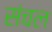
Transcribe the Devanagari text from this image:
संचल